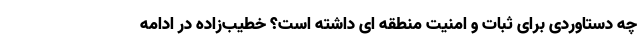
چه دستاوردی برای ثبات و امنیت منطقه ای داشته است؟ خطیب‌زاده در ادامه